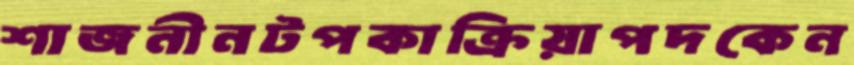
শাজনীনটপকাক্রিয়াপদকেন